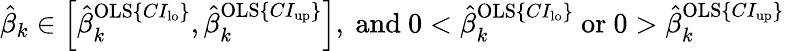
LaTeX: \begin{array}{r}{\hat{\beta}_{k}\in\left[\hat{\beta}_{k}^{\mathrm{OLS}\{ CI_{\mathrm{lo}}\} },\hat{\beta}_{k}^{\mathrm{OLS}\{ CI_{\mathrm{up}}\} }\right]\mathrm{,~and~}0<\hat{\beta}_{k}^{\mathrm{OLS}\{ CI_{\mathrm{lo}}\} }\mathrm{~or~}0>\hat{\beta}_{k}^{\mathrm{OLS}\{ CI_{\mathrm{up}}\} }}\end{array}